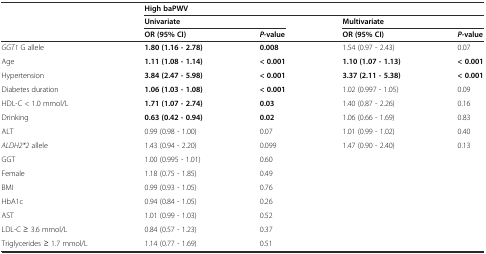
<table><thead><tr><td rowspan="3"></td><td colspan="4"><b>High baPWV</b></td></tr><tr><td colspan="2"><b>Univariate</b></td><td colspan="2"><b>Multivariate</b></td></tr><tr><td><b>OR (95% CI)</b></td><td><b><i>P</i>-value</b></td><td><b>OR (95% CI)</b></td><td><b><i>P</i>-value</b></td></tr></thead><tbody><tr><td><i>GGT1</i> G allele</td><td><b>1.80 (1.16 - 2.78)</b></td><td><b>0.008</b></td><td>1.54 (0.97 - 2.43)</td><td>0.07</td></tr><tr><td>Age</td><td><b>1.11 (1.08 - 1.14)</b></td><td><b>&lt; 0.001</b></td><td><b>1.10 (1.07 - 1.13)</b></td><td><b>&lt; 0.001</b></td></tr><tr><td>Hypertension</td><td><b>3.84 (2.47 - 5.98)</b></td><td><b>&lt; 0.001</b></td><td><b>3.37 (2.11 - 5.38)</b></td><td><b>&lt; 0.001</b></td></tr><tr><td>Diabetes duration</td><td><b>1.06 (1.03 - 1.08)</b></td><td><b>&lt; 0.001</b></td><td>1.02 (0.997 - 1.05)</td><td>0.09</td></tr><tr><td>HDL-C &lt; 1.0 mmol/L</td><td><b>1.71 (1.07 - 2.74)</b></td><td><b>0.03</b></td><td>1.40 (0.87 - 2.26)</td><td>0.16</td></tr><tr><td>Drinking</td><td><b>0.63 (0.42 - 0.94)</b></td><td><b>0.02</b></td><td>1.06 (0.66 - 1.69)</td><td>0.83</td></tr><tr><td>ALT</td><td>0.99 (0.98 - 1.00)</td><td>0.07</td><td>1.01 (0.99 - 1.02)</td><td>0.40</td></tr><tr><td><i>ALDH2*2</i> allele</td><td>1.43 (0.94 - 2.20)</td><td>0.099</td><td>1.47 (0.90 - 2.40)</td><td>0.13</td></tr><tr><td>GGT</td><td>1.00 (0.995 - 1.01)</td><td>0.60</td><td></td><td></td></tr><tr><td>Female</td><td>1.18 (0.75 - 1.85)</td><td>0.49</td><td></td><td></td></tr><tr><td>BMI</td><td>0.99 (0.93 - 1.05)</td><td>0.76</td><td></td><td></td></tr><tr><td>HbA1c</td><td>0.94 (0.84 - 1.05)</td><td>0.26</td><td></td><td></td></tr><tr><td>AST</td><td>1.01 (0.99 - 1.03)</td><td>0.52</td><td></td><td></td></tr><tr><td>LDL-C ≥ 3.6 mmol/L</td><td>0.84 (0.57 - 1.23)</td><td>0.37</td><td></td><td></td></tr><tr><td>Triglycerides ≥ 1.7 mmol/L</td><td>1.14 (0.77 - 1.69)</td><td>0.51</td><td></td><td></td></tr></tbody></table>